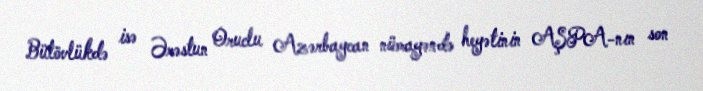
Bütövlükdə isə Ərəstun Oruclu Azərbaycan nümayəndə heyətinin AŞPA-nın son